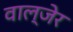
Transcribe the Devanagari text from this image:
वाल्जेर